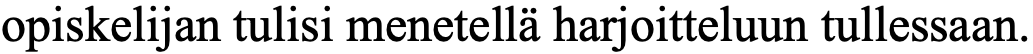
opiskelijan tulisi menetellä harjoitteluun tullessaan.